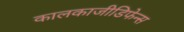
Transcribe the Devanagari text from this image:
कालकाजीडिफेन्स